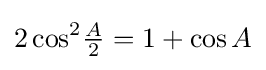
2\cos ^{2}\!{\tfrac {A}{2}}=1+\cos A